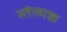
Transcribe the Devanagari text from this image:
स्तेल्मक